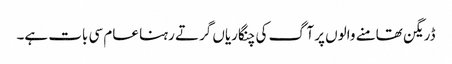
ڈریگن تھامنے والوں پر آگ کی چنگاریاں گرتے رہنا عام سی بات ہے۔